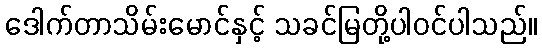
ဒေါက်တာသိမ်းမောင်နှင့် သခင်မြတို့ပါဝင်ပါသည်။